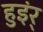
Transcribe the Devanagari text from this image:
हुइंर्